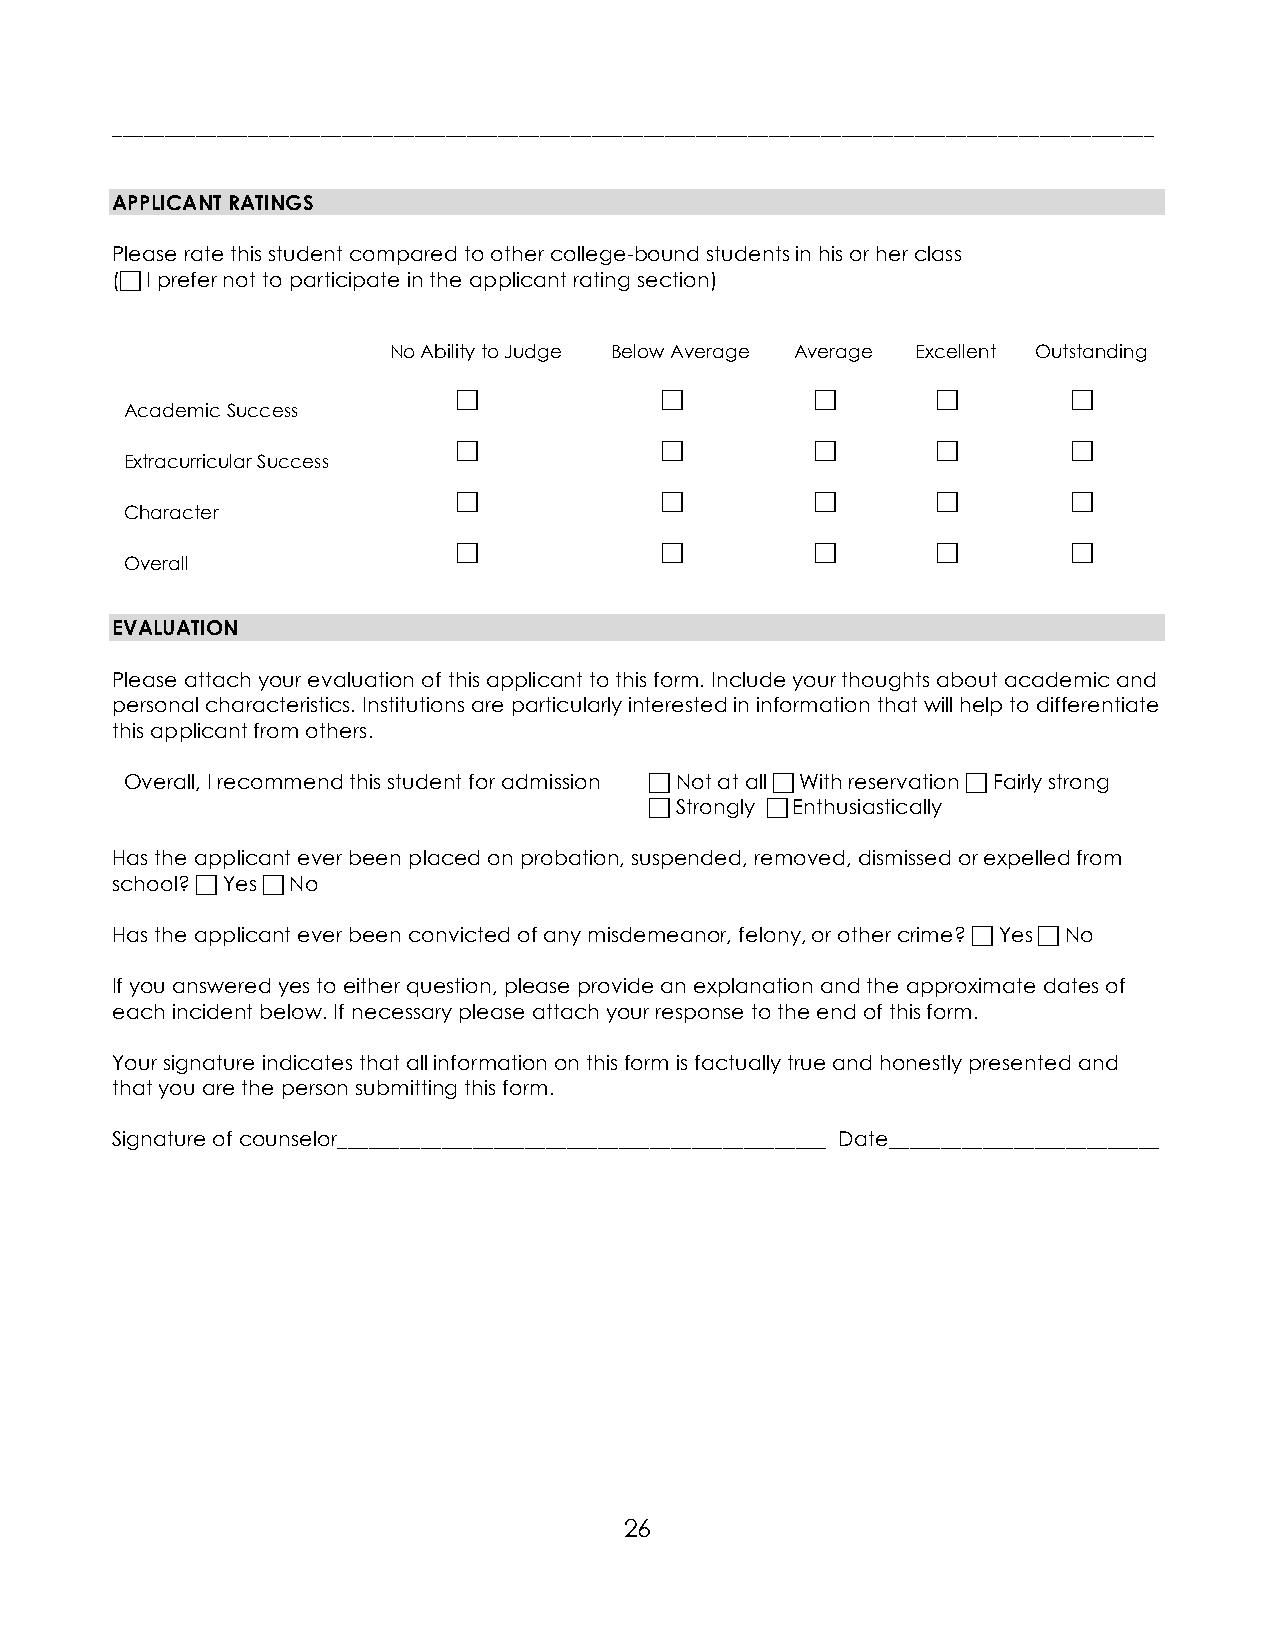
____________________________________________________________________________________________________
 APPLICANT RATINGS
 Please rate this student compared to other college-bound students in his or her class
 ( I prefer not to participate in the applicant rating section)
 No Ability to Judge Below Average Average Excellent Outstanding
  E            E        E      E       E
 Academic Success
  E            E        E      E       E
 Extracurricular Success
  E            E        E      E       E
 Character
  E            E        E      E       E
 Overall
 EVALUATION
 Please attach your evaluation of this applicant to this form. Include your thoughts about academic and
 personal characteristics. Institutions are particularly interested in information that will help to differentiate
 this applicant from others.
 Overall, I recommend this student for admission  Not at all  With reservation  Fairly strong
  Strongly  Enthusiastically
 Has the applicant ever been placed on probation, suspended, removed, dismissed or expelled from
 school?  Yes  No
 Has the applicant ever been convicted of any misdemeanor, felony, or other crime?  Yes  No
 If you answered yes to either question, please provide an explanation and the approximate dates of
 each incident below. If necessary please attach your response to the end of this form.
 Your signature indicates that all information on this form is factually true and honestly presented and
 that you are the person submitting this form.
 Signature of counselor_______________________________________________ Date__________________________
 26